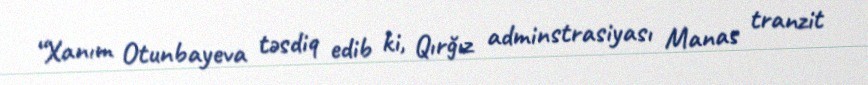
“Xanım Otunbayeva təsdiq edib ki, Qırğız adminstrasiyası Manas tranzit